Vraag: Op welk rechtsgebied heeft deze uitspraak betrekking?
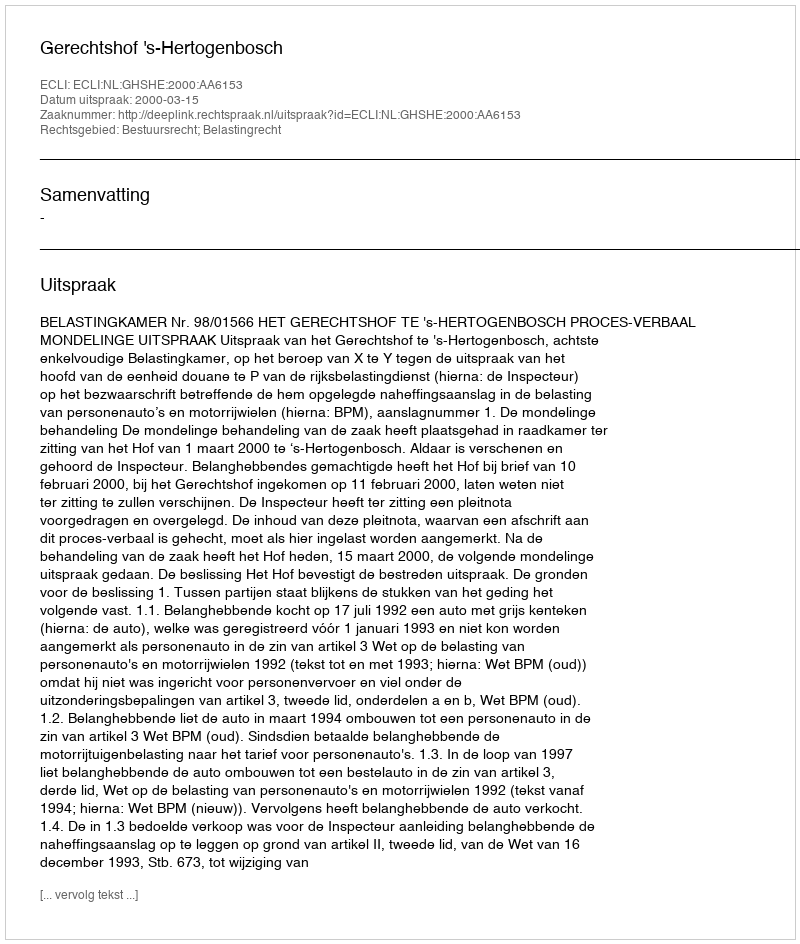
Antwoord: Bestuursrecht; Belastingrecht